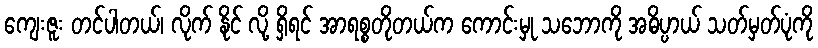
ကျေးဇူး တင်ပါတယ်၊ လိုက် နိုင် လို့ ရှိရင် အာရစ္စတိုတယ်က ကောင်းမှု သဘောကို အဓိပ္ပာယ် သတ်မှတ်ပုံကို